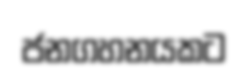
ජනගහනයකට